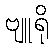
ဗျူရို